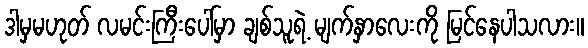
ဒါမှမဟုတ် လမင်းကြီးပေါ်မှာ ချစ်သူရဲ့ မျက်နှာလေးကို မြင်နေပါသလား။